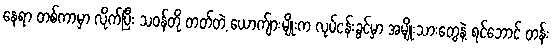
နေရာ တစ်ကာမှာ လိုက်ပြီး သဝန်တို တတ်တဲ့ ယောက်ျားမျိုးက လုပ်ငန်းခွင်မှာ အမျိုးသားတွေနဲ့ ရင်ဘောင် တန်း